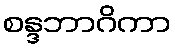
စန္ဒဘာဂိကာ